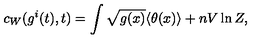
c _ { W } ( g ^ { i } ( t ) , t ) = \int \sqrt { g ( x ) } \langle \theta ( x ) \rangle + n V \ln Z ,